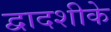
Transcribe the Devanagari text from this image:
द्वादशीके